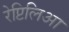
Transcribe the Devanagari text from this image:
रेप्टिलिआ